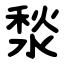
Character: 湬